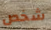
شخص